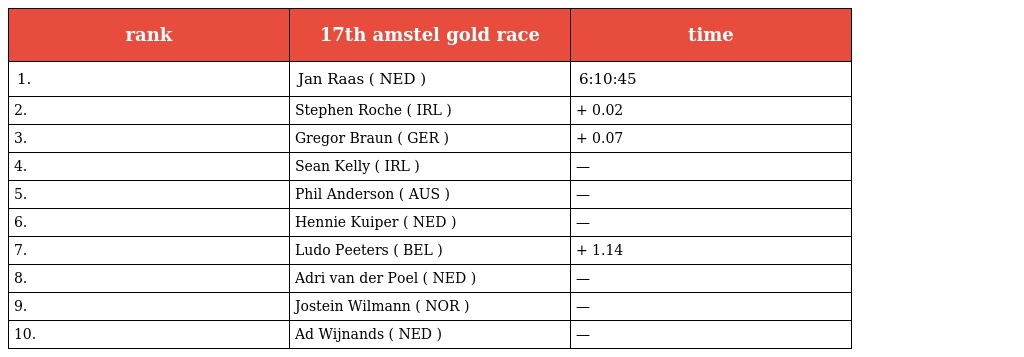
| rank | 17th amstel gold race | time |
 | --- | --- | --- |
 | 1. | Jan Raas ( NED ) | 6:10:45 |
 | 2. | Stephen Roche ( IRL ) | + 0.02 |
 | 3. | Gregor Braun ( GER ) | + 0.07 |
 | 4. | Sean Kelly ( IRL ) | — |
 | 5. | Phil Anderson ( AUS ) | — |
 | 6. | Hennie Kuiper ( NED ) | — |
 | 7. | Ludo Peeters ( BEL ) | + 1.14 |
 | 8. | Adri van der Poel ( NED ) | — |
 | 9. | Jostein Wilmann ( NOR ) | — |
 | 10. | Ad Wijnands ( NED ) | — |